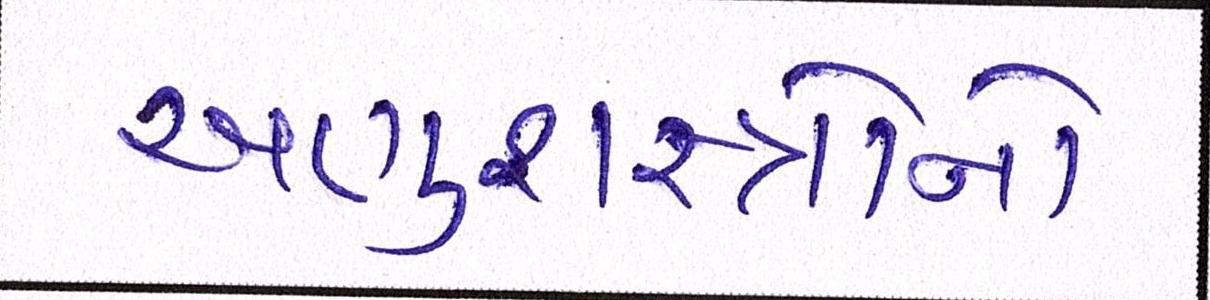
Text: અણુશસ્ત્રોનો